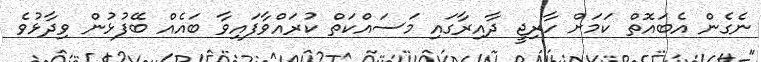
ނެގެން އެބައޮތް ކަމަށް ހާރިޖީ ދާއިރާގައި މަސައްކަތް ކުރައްވާފައިވާ ބައެއް ބޭފުޅުން ވިދާޅުވެ